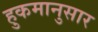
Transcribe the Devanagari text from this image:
हुकमानुसार